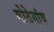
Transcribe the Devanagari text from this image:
मोठेगांव